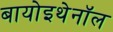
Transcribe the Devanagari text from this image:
बायोइथेनॉल